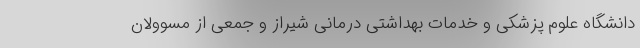
دانشگاه علوم پزشکی و خدمات بهداشتی درمانی شیراز و جمعی از مسوولان